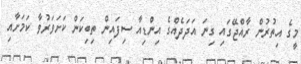
މީގެ އިތުރުން ރާއްޖޭގައި ގިނަ އަދަދެއްގެ އިންޑިއާ ސިފައިން ތިބިކަން ކަށަވަރުވާ ކަމަށާއި